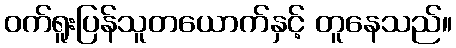
ဝက်ရူးပြန်သူတယောက်နှင့် တူနေသည်။